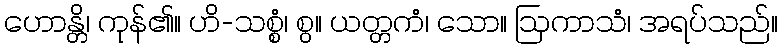
ဟောန္တိ၊ ကုန်၏။ ဟိ-သစ္စံ၊ စွ။ ယတ္တကံ၊ သော။ ဩကာသံ၊ အရပ်သည်။